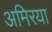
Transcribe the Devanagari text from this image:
अमिरया